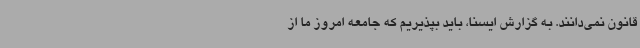
قانون نمی‌دانند. به گزارش ایسنا، باید بپذیریم که جامعه امروز ما از